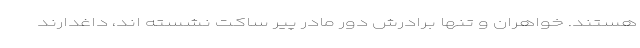
هستند. خواهران و تنها برادرش دور مادر پیر ساکت نشسته اند، داغدارند